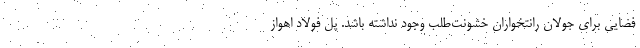
فضایی برای جولان رانتخواران خشونت‌طلب وجود نداشته باشد. پل فولاد اهواز